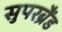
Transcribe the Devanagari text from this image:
सुपरब्रैंड